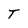
Character: T